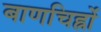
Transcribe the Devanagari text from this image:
बाणचिह्नों